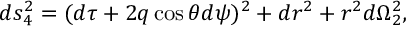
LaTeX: d s _ { 4 } ^ { 2 } = ( d \tau + 2 q \cos \theta d \psi ) ^ { 2 } + d r ^ { 2 } + r ^ { 2 } d \Omega _ { 2 } ^ { 2 } ,